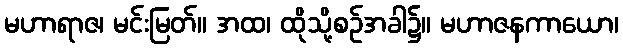
မဟာရာဇ၊ မင်းမြတ်။ အထ၊ ထိုသို့စဉ်အခါ၌။ မဟာဇနကာယော၊